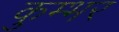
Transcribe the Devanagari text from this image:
कुम्भर